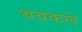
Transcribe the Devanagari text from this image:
थबकले